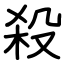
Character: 殺